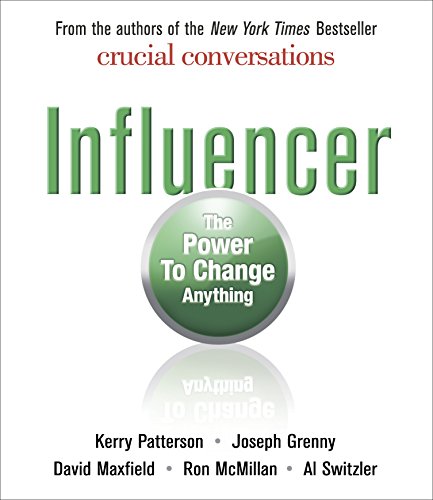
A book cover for Influencer: The Power to Change Anything; Joseph Grenny; Humor & Entertainment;